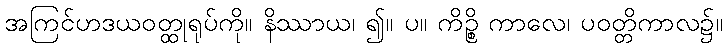
အကြင်ဟဒယဝတ္ထုရုပ်ကို။ နိဿာယ၊ ၍။ ပ။ ကိဉ္စိ ကာလေ၊ ပဝတ္တိကာလ၌။